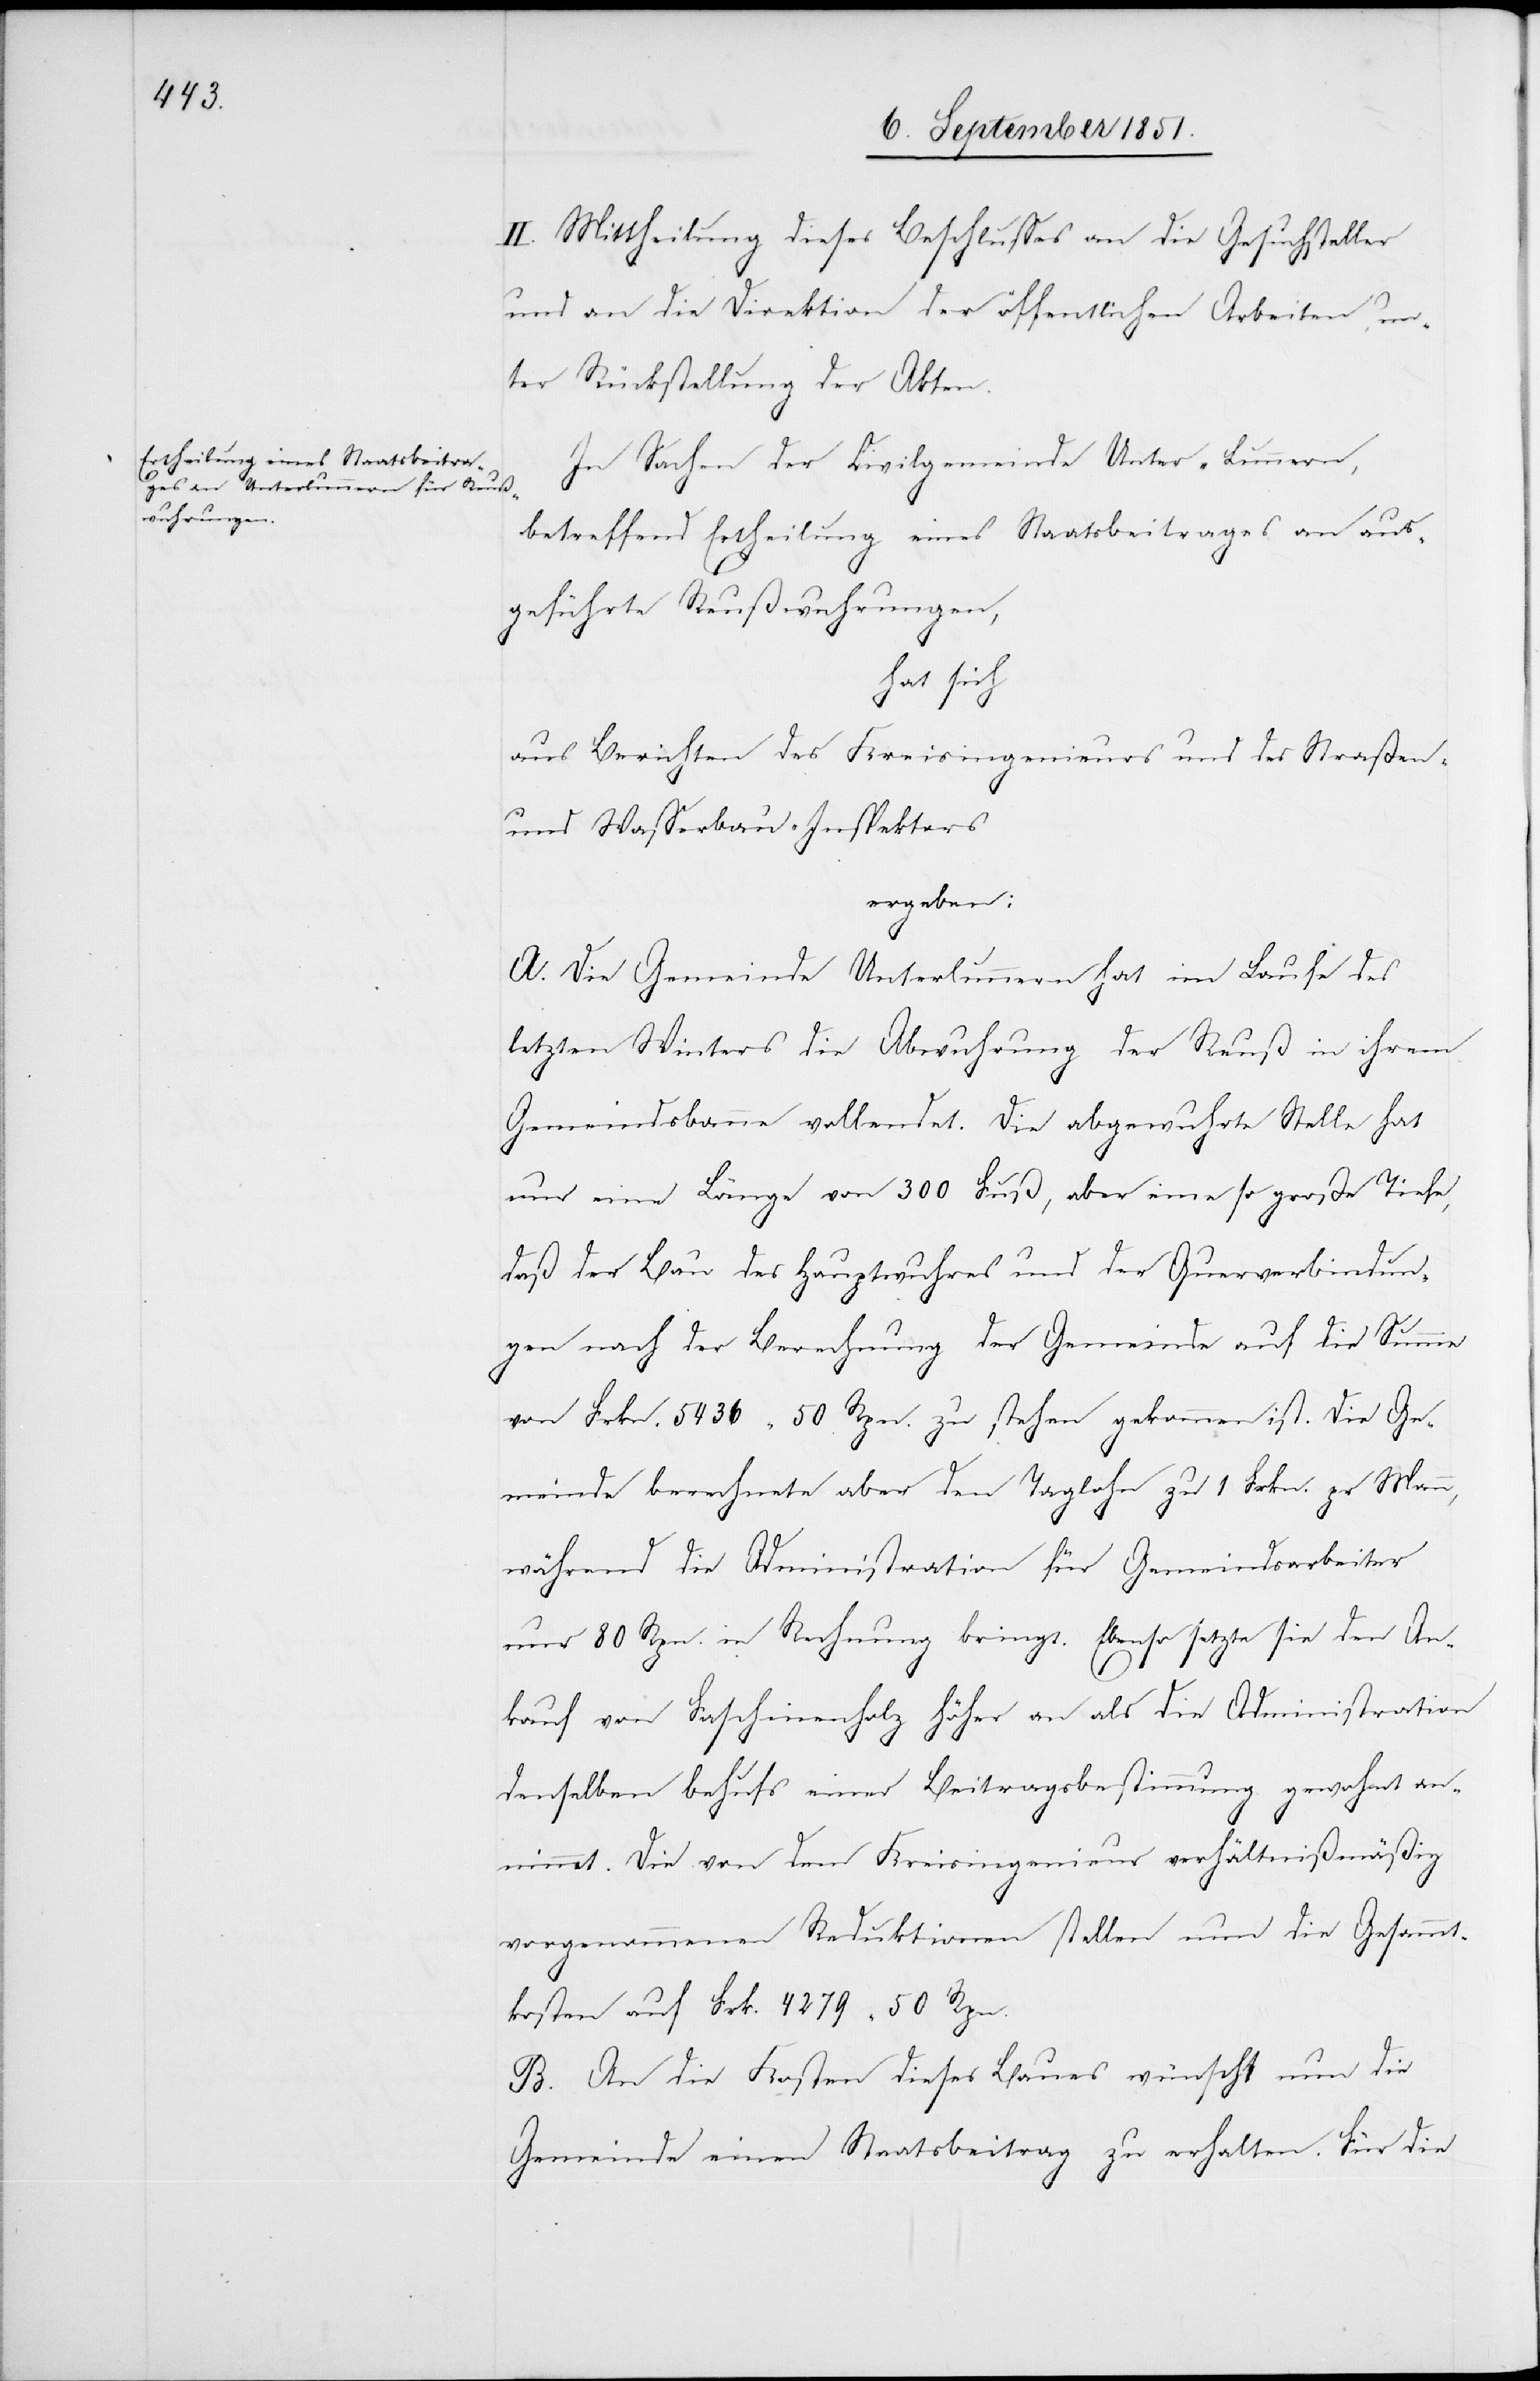
II. Mittheilung dieses Beschlusses an die Gesuchsteller
und an die Direktion der öffentlichen Arbeiten, un¬
ter Rückstellung der Akten.
In Sachen der Civilgemeinde Unter-Lunnern,
betreffend Ertheilung eines Staatsbeitrages an aus¬
geführte Reußwuhrungen,
hat sich
aus Berichten des Kreisingenieurs und des Straßen-
und Wasserbau-Inspektors
ergeben:
A. Die Gemeinde Unterlunnern hat im Laufe des
letzten Winters die Abwuhrung der Reuß in ihrem
Gemeindsbanne vollendet. Die abgewuhrte Stelle hat
nur eine Länge von 300 Fuß, aber eine so große Tiefe,
daß der Bau des Hauptwuhres und der Querverbindun¬
gen nach der Berechnung der Gemeinde auf die Summe
von Frkn. 5436 50 Rpn. zu stehen gekommen ist. Die Ge¬
meinde berechnete aber den Taglohn zu 1 Frkn. pr Mann,
während die Administration für Gemeindsarbeiter
nur 80 Rpn. in Rechnung bringt. Ebenso setzte sie den An¬
kauf von Faschinenholz höher an als die Administration
denselben behufs einer Beitragsbestimmung gewohnt ann¬
immt. Die von dem Kreisingenieur verhältnißmäßig
vorgenommenen Reduktionen stellen nun die Gesammt¬
kosten auf Frk. 4279 50 Rpn.
B. An die Kosten dieses Baues wünscht nun die
Gemeinde einen Staatsbeitrag zu erhalten. Für die